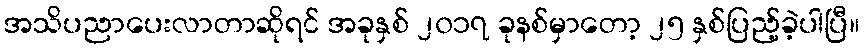
အသိပညာပေးလာတာဆိုရင် အခုနှစ် ၂၀၁၇ ခုနစ်မှာတော့ ၂၅ နှစ်ပြည့်ခဲ့ပါပြီ။